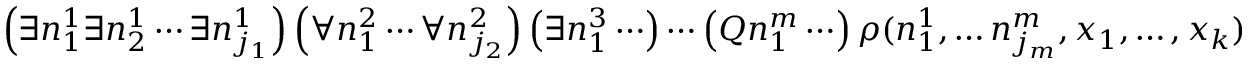
\left( \exists n _ { 1 } ^ { 1 } \exists n _ { 2 } ^ { 1 } \cdots \exists n _ { j _ { 1 } } ^ { 1 } \right) \left( \forall n _ { 1 } ^ { 2 } \cdots \forall n _ { j _ { 2 } } ^ { 2 } \right) \left( \exists n _ { 1 } ^ { 3 } \cdots \right) \cdots \left( Q n _ { 1 } ^ { m } \cdots \right) \rho ( n _ { 1 } ^ { 1 } , \ldots n _ { j _ { m } } ^ { m } , x _ { 1 } , \ldots , x _ { k } )